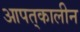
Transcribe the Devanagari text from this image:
आपत्‌कालीन